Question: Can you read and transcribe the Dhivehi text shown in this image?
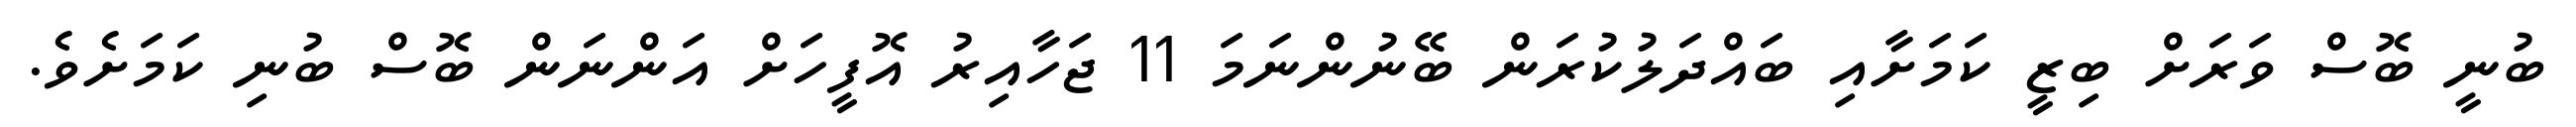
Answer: ބުނީ ބޮސް ވަރަށް ބިޒީ ކަމަށާއި ބައްދަލުކުރަން ބޭނުންނަމަ 11 ޖަހާއިރު އޮފީހަށް އަންނަން ބޮސް ބުނި ކަމަށެވެ.